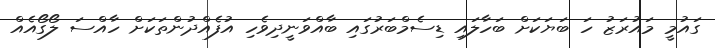
ގައުމީ މައުރަޒު ހަ ބަޔަކަށް ބަހާލައި ޑިސެމްބަރުގައި ބާއްވަނީދިވެހި އުފެއްދުންތަކަށް ހާއްސަ ލޯގޯއެއް